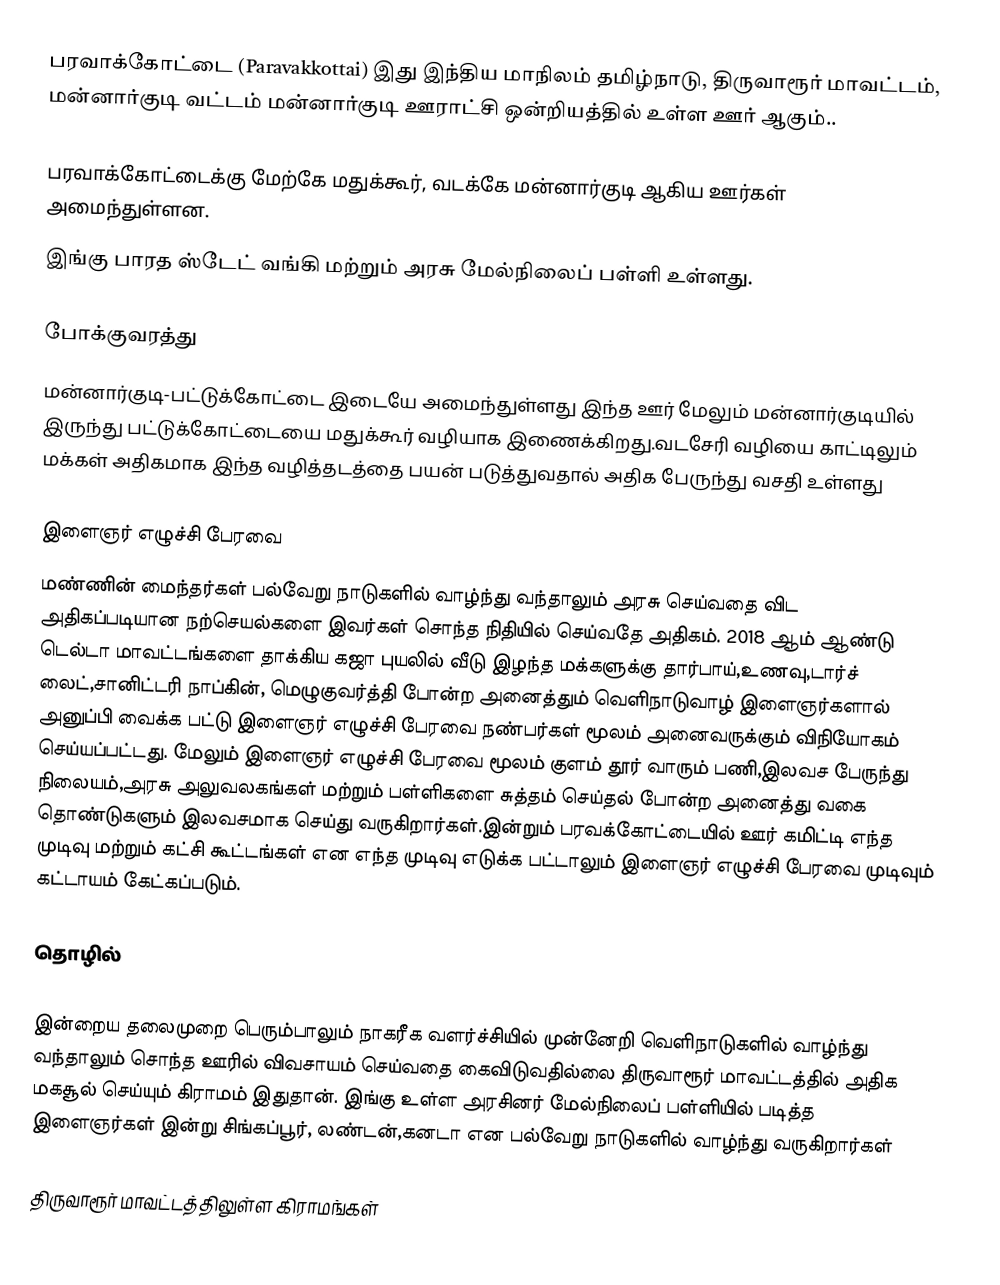
பரவாக்கோட்டை (Paravakkottai) இது இந்திய  மாநிலம்  தமிழ்நாடு,  திருவாரூர் மாவட்டம், மன்னார்குடி வட்டம் மன்னார்குடி ஊராட்சி ஒன்றியத்தில்  உள்ள ஊர் ஆகும்..

பரவாக்கோட்டைக்கு மேற்கே மதுக்கூர், வடக்கே மன்னார்குடி ஆகிய ஊர்கள் அமைந்துள்ளன.
இங்கு பாரத ஸ்டேட் வங்கி மற்றும் அரசு மேல்நிலைப் பள்ளி உள்ளது.

போக்குவரத்து
மன்னார்குடி-பட்டுக்கோட்டை இடையே அமைந்துள்ளது இந்த ஊர் மேலும் மன்னார்குடியில் இருந்து பட்டுக்கோட்டையை மதுக்கூர் வழியாக இணைக்கிறது.வடசேரி வழியை காட்டிலும் மக்கள் அதிகமாக இந்த வழித்தடத்தை பயன் படுத்துவதால் அதிக பேருந்து வசதி உள்ளது

இளைஞர் எழுச்சி பேரவை
மண்ணின் மைந்தர்கள் பல்வேறு நாடுகளில் வாழ்ந்து வந்தாலும் அரசு செய்வதை விட அதிகப்படியான நற்செயல்களை இவர்கள் சொந்த நிதியில் செய்வதே அதிகம். 2018 ஆம் ஆண்டு டெல்டா மாவட்டங்களை தாக்கிய கஜா புயலில் வீடு இழந்த மக்களுக்கு தார்பாய்,உணவு,டார்ச் லைட்,சானிட்டரி நாப்கின், மெழுகுவர்த்தி போன்ற அனைத்தும் வெளிநாடுவாழ் இளைஞர்களால் அனுப்பி வைக்க பட்டு இளைஞர் எழுச்சி பேரவை நண்பர்கள் மூலம் அனைவருக்கும் விநியோகம் செய்யப்பட்டது. மேலும் இளைஞர் எழுச்சி பேரவை மூலம் குளம் தூர் வாரும் பணி,இலவச பேருந்து நிலையம்,அரசு அலுவலகங்கள் மற்றும் பள்ளிகளை சுத்தம் செய்தல் போன்ற அனைத்து வகை தொண்டுகளும் இலவசமாக செய்து வருகிறார்கள்.இன்றும் பரவக்கோட்டையில் ஊர் கமிட்டி எந்த முடிவு மற்றும் கட்சி கூட்டங்கள் என எந்த முடிவு எடுக்க பட்டாலும் இளைஞர் எழுச்சி பேரவை முடிவும் கட்டாயம் கேட்கப்படும்.

தொழில்

இன்றைய தலைமுறை பெரும்பாலும் நாகரீக வளர்ச்சியில் முன்னேறி வெளிநாடுகளில் வாழ்ந்து வந்தாலும் சொந்த ஊரில் விவசாயம் செய்வதை கைவிடுவதில்லை திருவாரூர் மாவட்டத்தில் அதிக மகசூல் செய்யும் கிராமம் இதுதான். இங்கு உள்ள அரசினர் மேல்நிலைப் பள்ளியில் படித்த இளைஞர்கள் இன்று சிங்கப்பூர், லண்டன்,கனடா என பல்வேறு நாடுகளில் வாழ்ந்து வருகிறார்கள்

திருவாரூர் மாவட்டத்திலுள்ள கிராமங்கள்